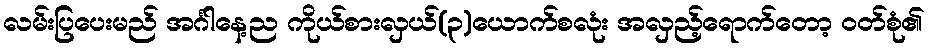
လမ်းပြပေးမည် အင်္ဂါနေ့ည ကိုယ်စားလှယ်(၃)ယောက်စလုံး အလှည့်ရောက်တော့ ဝတ်စုံ၏